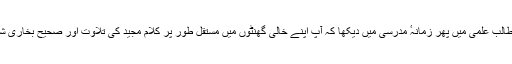
مولانا عبدالمنان فاضل مدرسہ عالیہ فرماتے ہیں کہ ”میں نے آپ کو زمانہ طالب علمی میں پھر زمانہٴ مدرسی میں دیکھا کہ آپ اپنے خالی گھنٹوں میں مستقل طور پر کلام مجید کی تلاوت اور صحیح بخاری شریف کی قرأت فرماتے تھے اوراخیر عمر تک اسی معمول پر مداومت کی۔